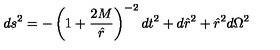
d s ^ { 2 } = - \left( 1 + \frac { 2 M } { \hat { r } } \right) ^ { - 2 } d t ^ { 2 } + d { \hat { r } } ^ { 2 } + { \hat { r } } ^ { 2 } d \Omega ^ { 2 }